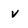
Character: v